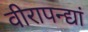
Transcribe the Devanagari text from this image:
वीरापन्द्यां